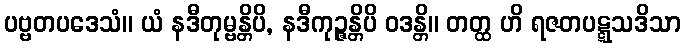
ပဗ္ဗတပဒေသံ။ ယံ နဒီတုမ္ဗန္တိပိ, နဒီကုဉ္ဇန္တိပိ ဝဒန္တိ။ တတ္ထ ဟိ ရဇတပဋ္ဋသဒိသာ